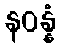
နဝန္နံ